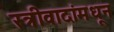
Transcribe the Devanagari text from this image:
स्त्रीवादांमधून